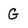
Character: G